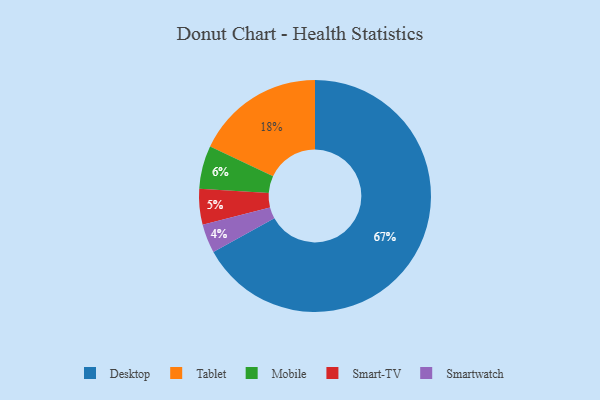
{"axis": {"x": "Category", "y": "Percentage"}, "legend": ["Desktop", "Mobile", "Smart-TV", "Smartwatch", "Tablet"], "data": [{"x": "Smartwatch", "y": 4, "type": "Smartwatch"}, {"x": "Tablet", "y": 18, "type": "Tablet"}, {"x": "Mobile", "y": 6, "type": "Mobile"}, {"x": "Smart-TV", "y": 5, "type": "Smart-TV"}, {"x": "Desktop", "y": 67, "type": "Desktop"}]}